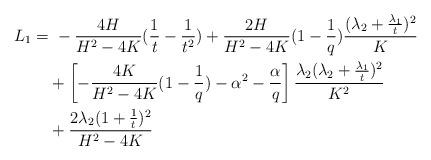
LaTeX: \begin{align*}L_1=&\ -\frac{4H}{H^2-4K} (\frac{1}{t}-\frac{1}{t^2}) +\frac{2H}{H^2-4K} (1-\frac1q)\frac{(\lambda_2+\frac{\lambda_1}{t})^2}{K}\\&+\left[-\frac{4K}{H^2-4K}(1-\frac1q)-\alpha^2-\frac{\alpha}q\right]\frac{\lambda_2(\lambda_2+\frac{\lambda_1}{t})^2}{K^2} \\ &+\frac{2\lambda_2(1+\frac 1 t)^2}{H^2-4K} \end{align*}